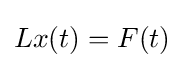
Lx(t)=F(t)